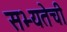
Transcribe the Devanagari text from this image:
सभ्यतेची